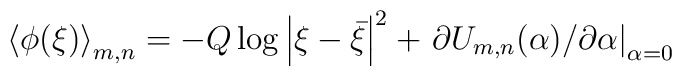
\left\langle \phi(\xi)\right\rangle _{m,n}=-Q\log\left|  \xi-\bar\xi\right|^{2}+\left.  \partial U_{m,n}(\alpha)/\partial\alpha\right|  _{\alpha=0}